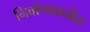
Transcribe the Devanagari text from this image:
निर्वाणाकडील